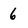
Character: 6